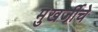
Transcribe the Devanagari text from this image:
मुखर्जीचे